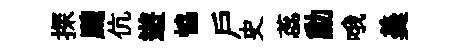
探颼伉遊恊戶史蕊勳哦羮